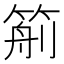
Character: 𥮙